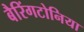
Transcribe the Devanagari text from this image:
बैरिंगटोनिया